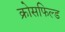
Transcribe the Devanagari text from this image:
क्रोसफिल्ड